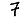
Digit: 7